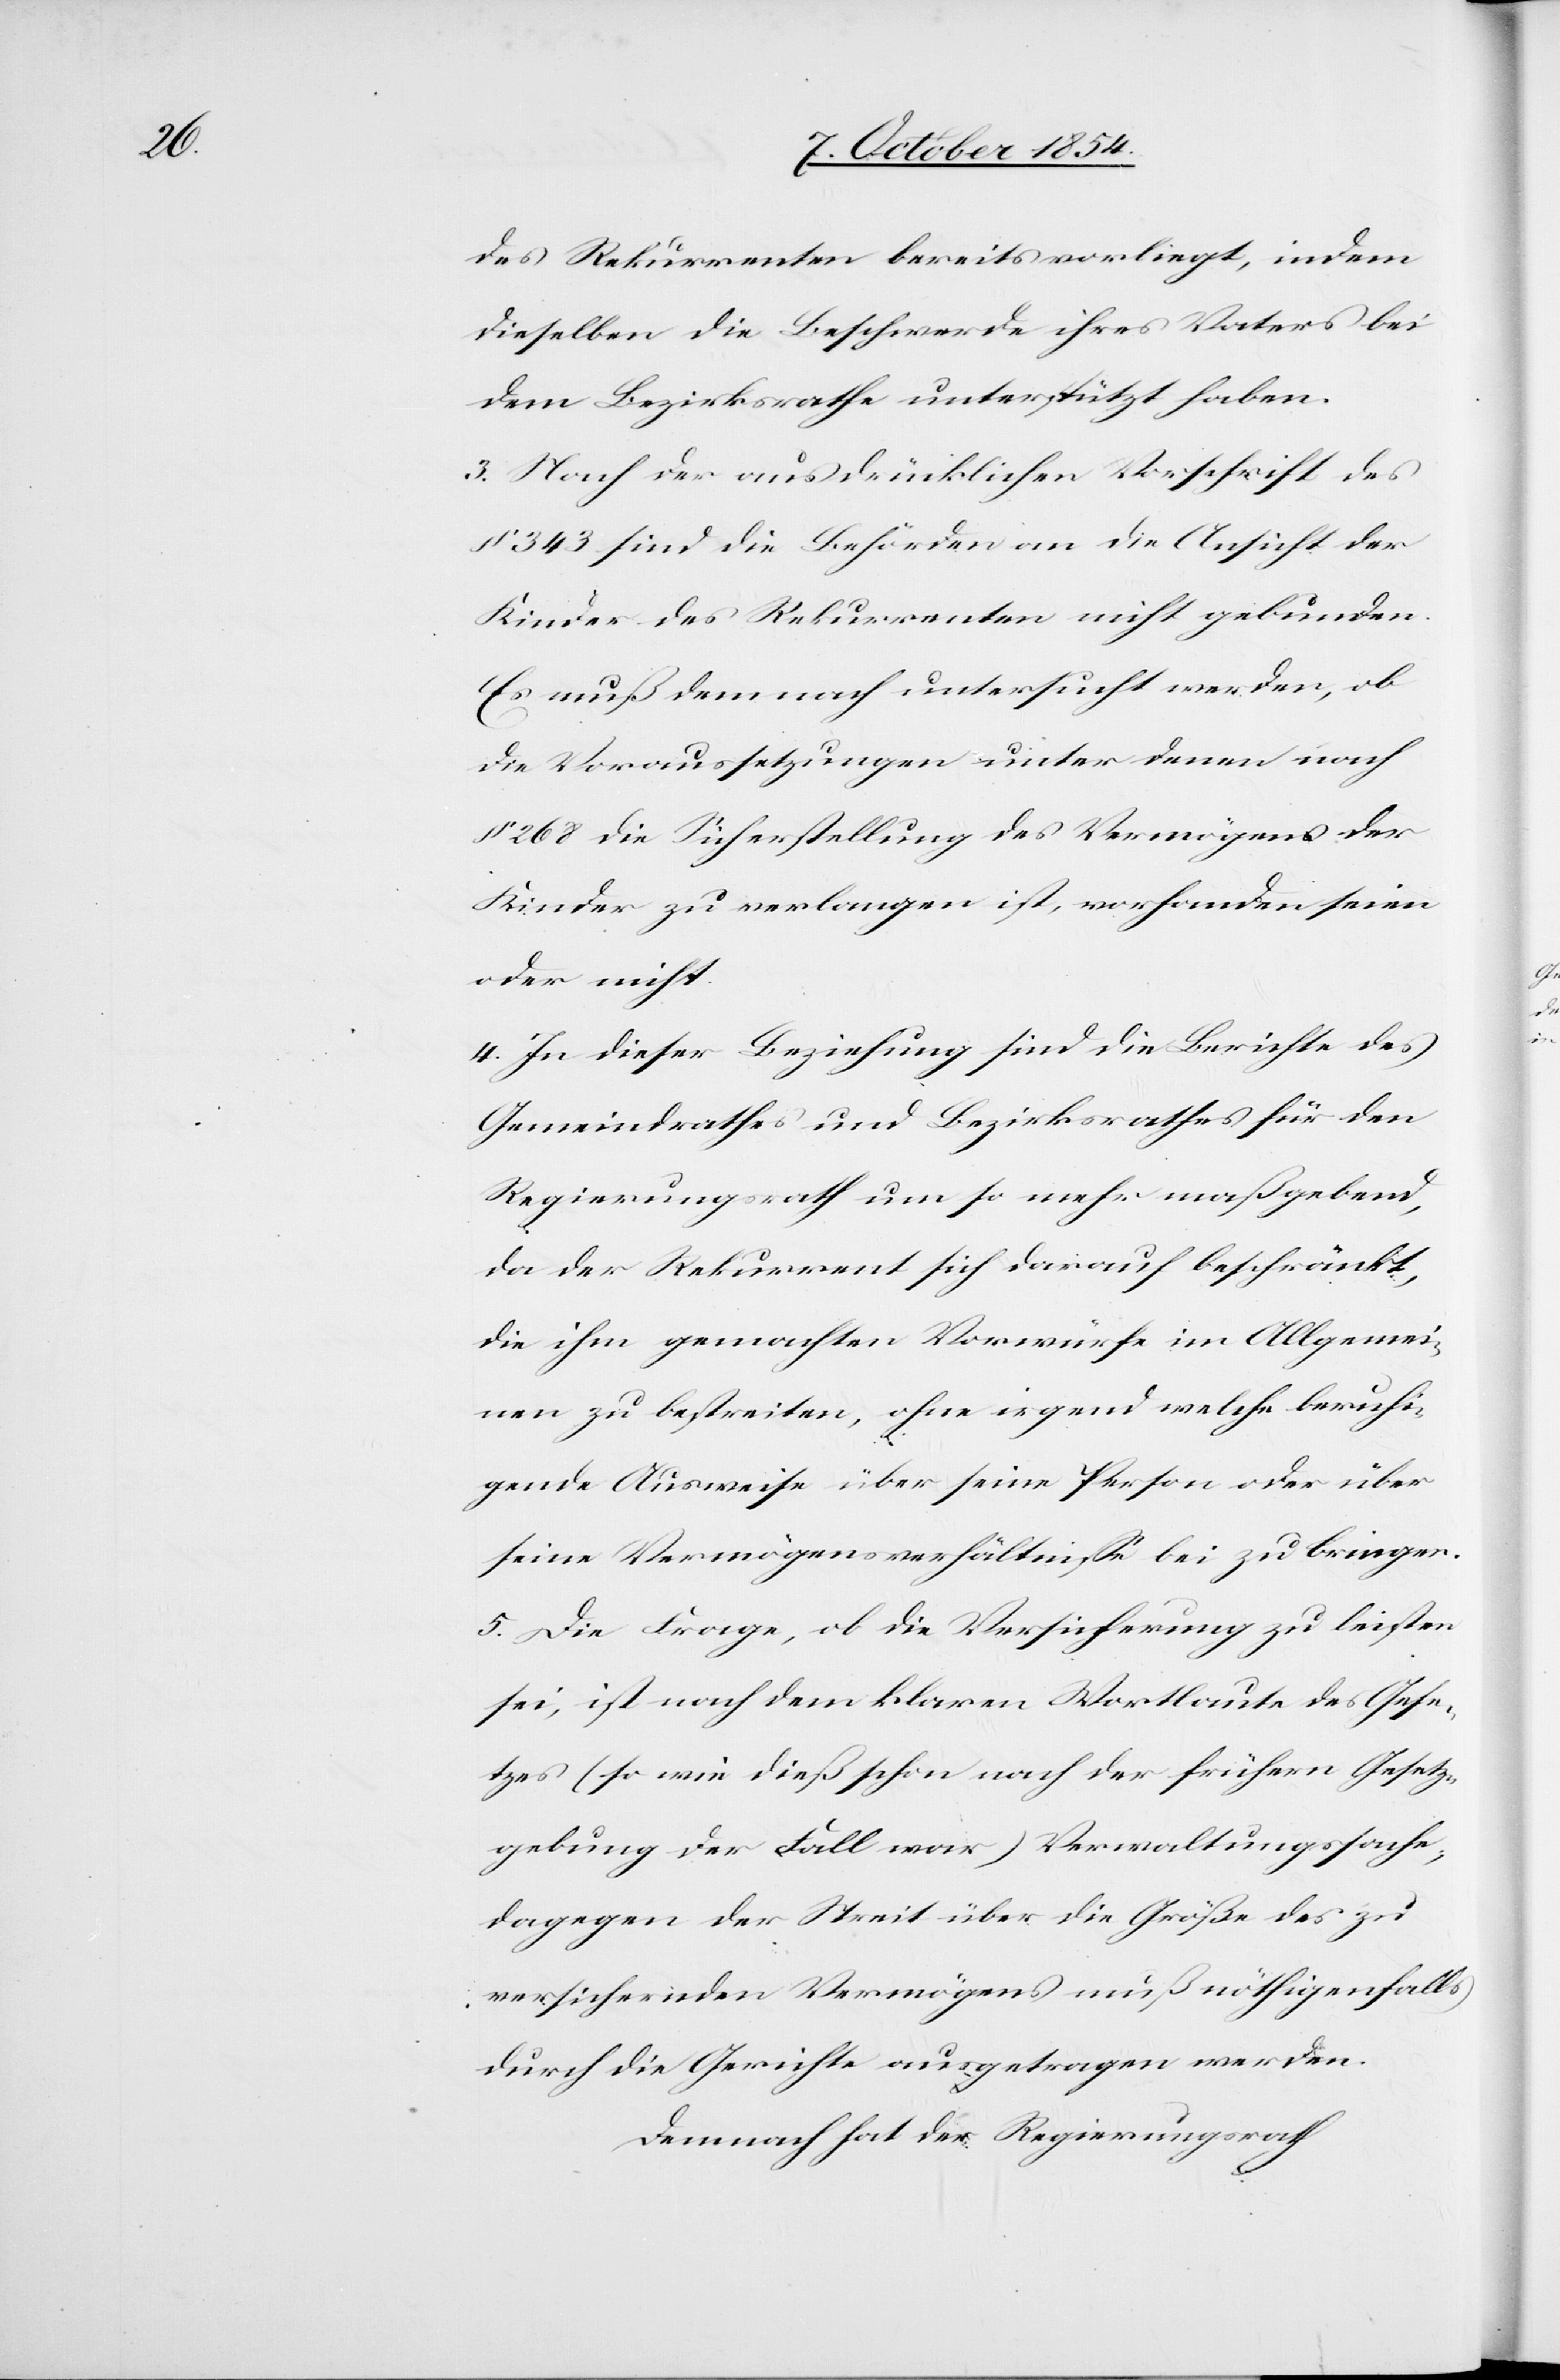
des Rekurrenten bereits vorliegt, indem
dieselben die Beschwerde ihres Vaters bei
dem Bezirksrathe unterstützt haben.
3. Nach der ausdrücklichen Vorschrift des
§ 343 sind die Behörden an die Ansicht der
Kinder des Rekurrenten nicht gebunden.
Es muß demnach untersucht werden, ob
die Voraussetzungen unter denen nach
§ 268 die Sicherstellung des Vermögens der
Kinder zu verlangen ist, vorhanden seien
oder nicht.
4. In dieser Beziehung sind die Berichte des
Gemeindrathes und Bezirksrathes für den
Regierungsrath um so mehr maßgebend,
da der Rekurrent sich darauf beschränkt,
die ihm gemachten Vorwürfe im Allgemei¬
nen zu bestreiten, ohne irgend welche beruhi¬
gende Ausweise über seine Person oder über
seine Vermögensverhältniße bei zu bringen.
5. Die Frage, ob die Versicherung zu leisten
sei, ist nach dem klaren Wortlaute des Gese¬
tzes (so wie dieß schon nach der frühern Gesetz¬
gebung der Fall war) Verwaltungssache;
dagegen der Streit über die Größe des zu
versichernden Vermögens muß nöthigenfalls
durch die Gerichte ausgetragen werden.
Demnach hat der Regierungsrath